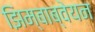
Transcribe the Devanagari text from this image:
झिम्बाब्वेयन